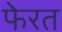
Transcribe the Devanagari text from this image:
फेरत